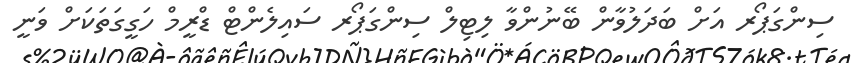
ސިންގަޕޯރ އަށް ބަދަލުވާން ބޭނުންވާ ލިޓިލް ސިންގަޕޯރ ސައިލެންޓް ޑްރީމް ހަގީގަތަކަށް ވަނީ